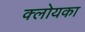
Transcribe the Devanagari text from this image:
क्लोयका